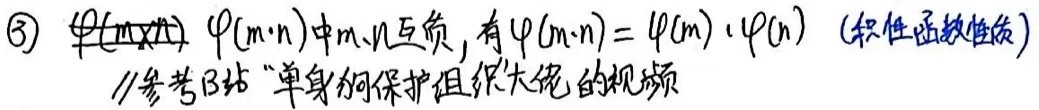
(3) \(\varphi(m\cdot n)\)，\(\varphi(m\cdot n)\) 中 \(m\)、\(n\) 互质，有 \(\varphi(m\cdot n)=\varphi(m)\cdot\varphi(n)\)（积性函数性质）
//参考B站“单身狗保护组织”大佬的视频